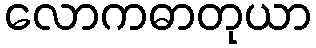
လောကဓာတုယာ